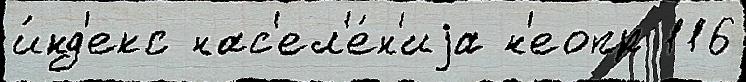
и́нд'екс нас'ел'е́н'иjа н'еопр 116